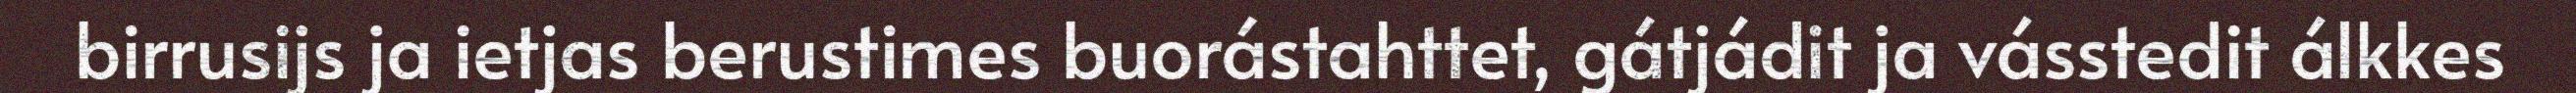
birrusijs ja ietjas berustimes buorástahttet, gátjádit ja vásstedit álkkes